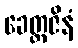
ခေတ္တဇိနံ